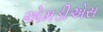
એમડીએસ